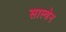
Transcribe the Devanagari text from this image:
साल्डेन